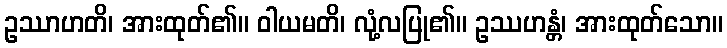
ဥဿာဟတိ၊ အားထုတ်၏။ ဝါယမတိ၊ လုံ့လပြု၏။ ဥဿဟန္တံ၊ အားထုတ်သော။